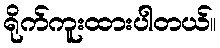
ရိုက်ကူးထားပါတယ်။